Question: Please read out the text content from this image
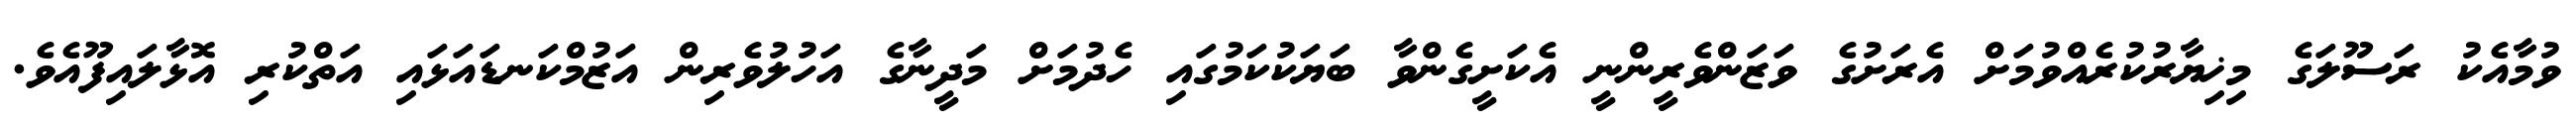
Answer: ވުމާއެކު ރަސޫލަގެ މިޚިޔާރުކުރެއްވުމަށް އެރަށުގެ ވަޒަންވެރީންނީ އެކަށީގެންވާ ބަޔަކުކަމުގައި ހެދުމަށް މަދީނާގެ އަހުލުވެރިން އަޒުމްކަނޑައަޅައި އަތްކުރި އޮޅާލައިފޫއެވެ.